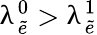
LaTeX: \uplambda_{\tilde{e}}^{0}>\uplambda_{\tilde{e}}^{1}